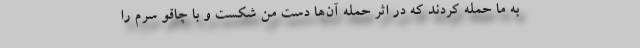
به ما حمله کردند که در اثر حمله آن‌ها دست من شکست و با چاقو سرم را